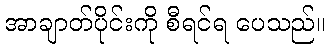
အာချာတ်ပိုင်းကို စီရင်ရ ပေသည်။